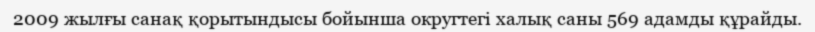
2009 жылғы санақ қорытындысы бойынша округтегі халық саны 569 адамды құрайды.